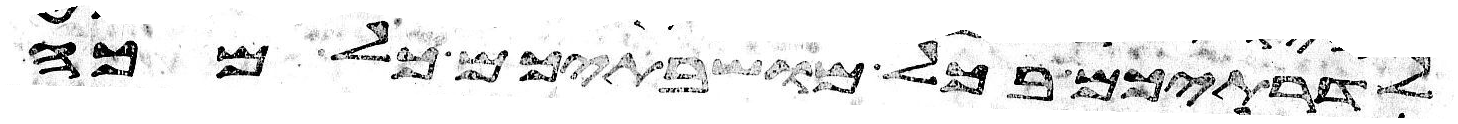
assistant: לדרתיכם בכל מושבתיכם כל מכה